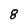
Character: 8